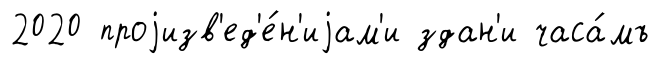
2020 проjизв'ед'е́н'иjам'и здан'и часа́мъ